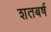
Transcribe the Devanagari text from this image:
शतबर्ष